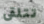
تتلقى